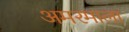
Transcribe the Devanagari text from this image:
अमरमाला